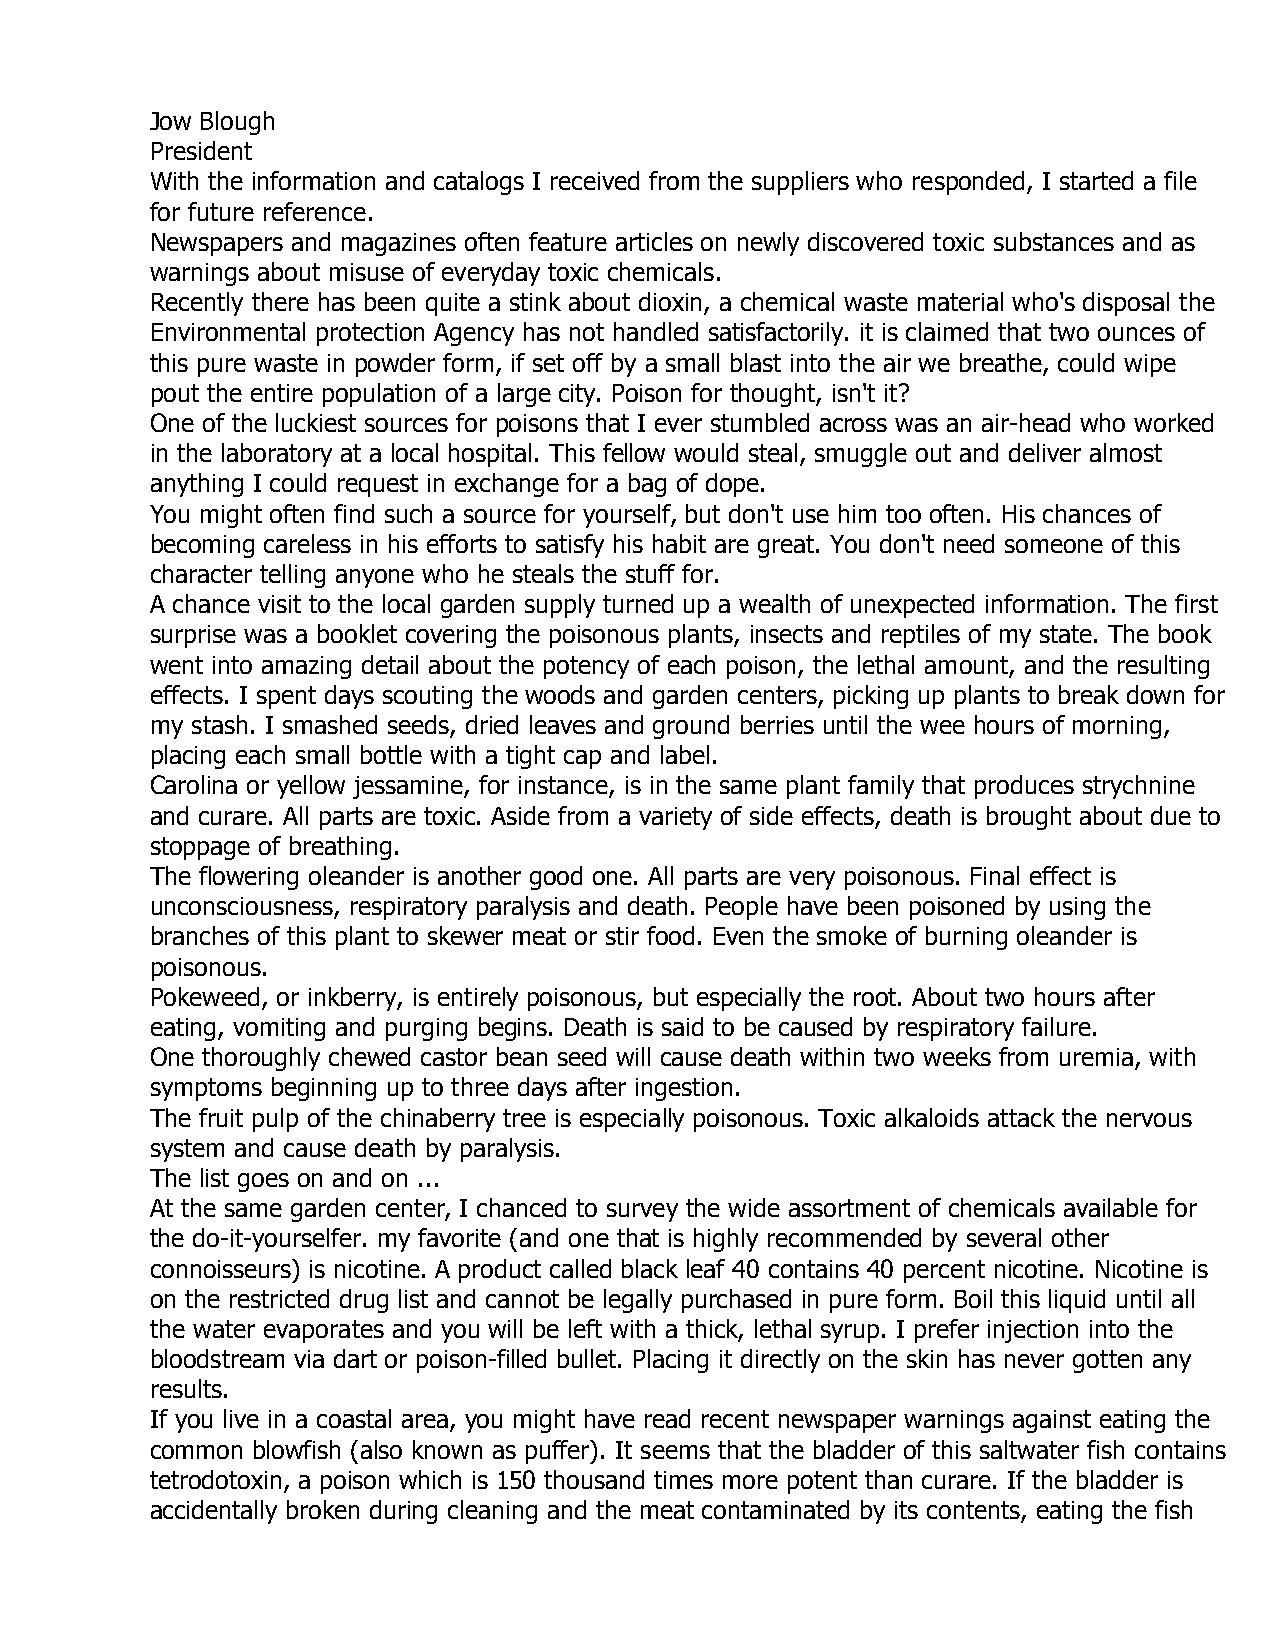
Jow Blough
 President
 With the information and catalogs I received from the suppliers who responded, I started a file
 for future reference.
 Newspapers and magazines often feature articles on newly discovered toxic substances and as
 warnings about misuse of everyday toxic chemicals.
 Recently there has been quite a stink about dioxin, a chemical waste material who's disposal the
 Environmental protection Agency has not handled satisfactorily. it is claimed that two ounces of
 this pure waste in powder form, if set off by a small blast into the air we breathe, could wipe
 pout the entire population of a large city. Poison for thought, isn't it?
 One of the luckiest sources for poisons that I ever stumbled across was an air-head who worked
 in the laboratory at a local hospital. This fellow would steal, smuggle out and deliver almost
 anything I could request in exchange for a bag of dope.
 You might often find such a source for yourself, but don't use him too often. His chances of
 becoming careless in his efforts to satisfy his habit are great. You don't need someone of this
 character telling anyone who he steals the stuff for.
 A chance visit to the local garden supply turned up a wealth of unexpected information. The first
 surprise was a booklet covering the poisonous plants, insects and reptiles of my state. The book
 went into amazing detail about the potency of each poison, the lethal amount, and the resulting
 effects. I spent days scouting the woods and garden centers, picking up plants to break down for
 my stash. I smashed seeds, dried leaves and ground berries until the wee hours of morning,
 placing each small bottle with a tight cap and label.
 Carolina or yellow jessamine, for instance, is in the same plant family that produces strychnine
 and curare. All parts are toxic. Aside from a variety of side effects, death is brought about due to
 stoppage of breathing.
 The flowering oleander is another good one. All parts are very poisonous. Final effect is
 unconsciousness, respiratory paralysis and death. People have been poisoned by using the
 branches of this plant to skewer meat or stir food. Even the smoke of burning oleander is
 poisonous.
 Pokeweed, or inkberry, is entirely poisonous, but especially the root. About two hours after
 eating, vomiting and purging begins. Death is said to be caused by respiratory failure.
 One thoroughly chewed castor bean seed will cause death within two weeks from uremia, with
 symptoms beginning up to three days after ingestion.
 The fruit pulp of the chinaberry tree is especially poisonous. Toxic alkaloids attack the nervous
 system and cause death by paralysis.
 The list goes on and on ...
 At the same garden center, I chanced to survey the wide assortment of chemicals available for
 the do-it-yourselfer. my favorite (and one that is highly recommended by several other
 connoisseurs) is nicotine. A product called black leaf 40 contains 40 percent nicotine. Nicotine is
 on the restricted drug list and cannot be legally purchased in pure form. Boil this liquid until all
 the water evaporates and you will be left with a thick, lethal syrup. I prefer injection into the
 bloodstream via dart or poison-filled bullet. Placing it directly on the skin has never gotten any
 results.
 If you live in a coastal area, you might have read recent newspaper warnings against eating the
 common blowfish (also known as puffer). It seems that the bladder of this saltwater fish contains
 tetrodotoxin, a poison which is 150 thousand times more potent than curare. If the bladder is
 accidentally broken during cleaning and the meat contaminated by its contents, eating the fish